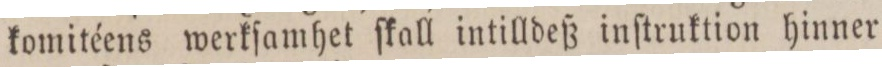
komitéens werkſamhet ſkall intilldeß inſtruktion hinner